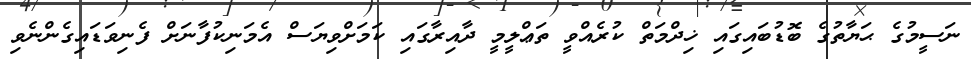
ނަސީމުގެ ޙަޔާތުގެ ބޮޑުބައިގައި ޚިދްމަތް ކުރެއްވީ ތަޢްލީމީ ދާއިރާގައި ކަމަށްވިޔަސް އެމަނިކުފާނަށް ފެނިވަޑައިގެންނެވި